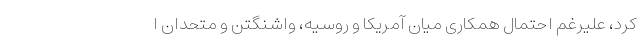
کرد، علیرغم احتمال همکاری میان آمریکا و روسیه، واشنگتن و متحدان ا